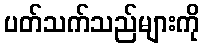
ပတ်သက်သည်များကို